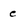
Character: e